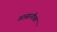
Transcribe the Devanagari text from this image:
तटसरनौबत